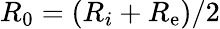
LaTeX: R_{0}=(R_{i}+R_{\mathrm{e}})/2